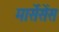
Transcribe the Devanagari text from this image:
मार्सेसेंस